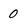
Character: 0